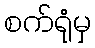
စက်ရုံမှ